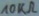
Text: 10KΩ